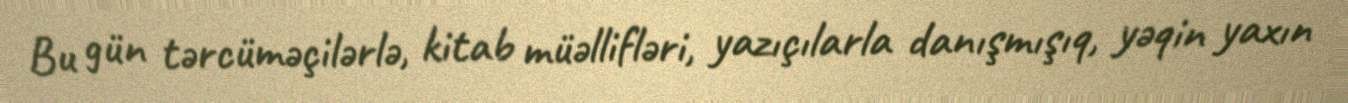
Bu gün tərcüməçilərlə, kitab müəllifləri, yazıçılarla danışmışıq, yəqin yaxın